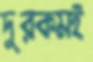
দুরকমই